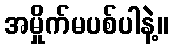
အမှိုက်မပစ်ပါနဲ့။